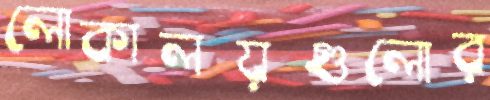
লোকালয়গুলোর